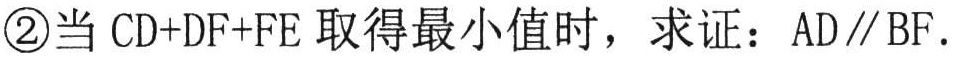
\textcircled{2}当\(CD + DF+FE\)取得最小值时，求证：\(AD\parallel BF\).